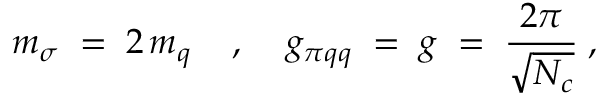
m _ { \sigma } \; = \; 2 \, m _ { q } \; \; \; \; , \; \; \; \; g _ { \pi q q } \; = \; g \; = \; \frac { 2 \pi } { \sqrt { N _ { c } } } \; ,